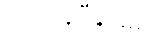
အဘိနိပ္ပီဠေမိ